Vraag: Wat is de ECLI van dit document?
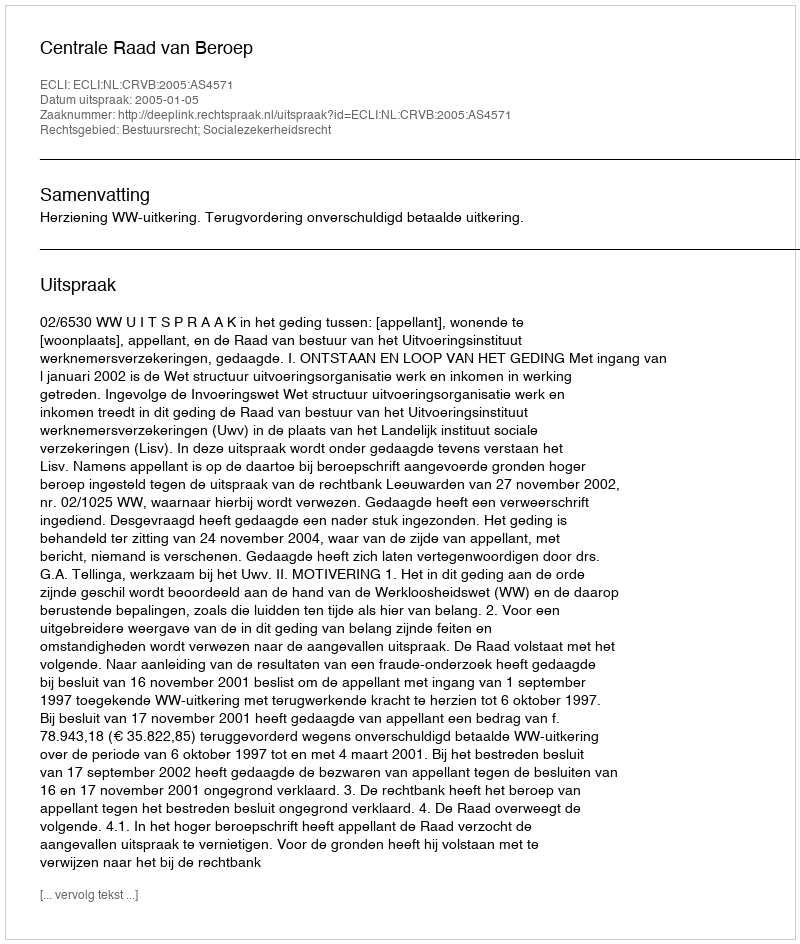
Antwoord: ECLI:NL:CRVB:2005:AS4571